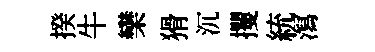
揆牛欒猾沉攫統㵼